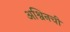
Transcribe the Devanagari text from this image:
अश्विनची